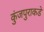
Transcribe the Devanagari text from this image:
कुंजपुराकडे